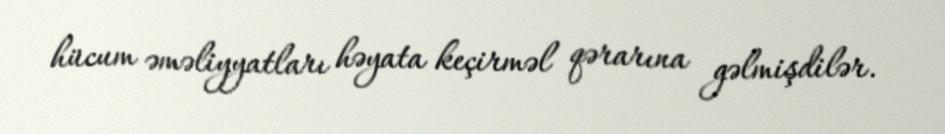
hücum əməliyyatları həyata keçirməl qərarına gəlmişdilər.